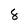
Character: 8